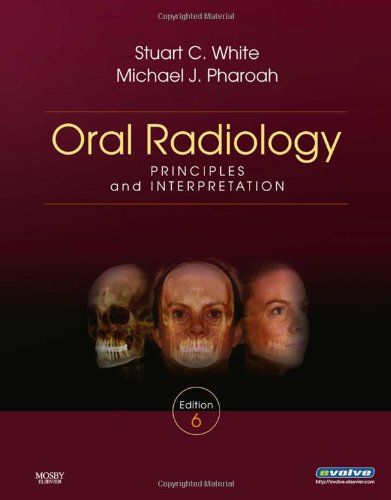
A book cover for Oral Radiology: Principles and Interpretation; Stuart C. White; Medical Books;